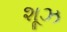
શૂઝ